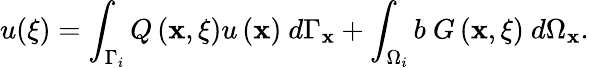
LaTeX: u({\mathbf\xi})=\int_{\Gamma_{i}}Q\left(\mathbf{x},{\mathbf\xi}\right)u\left(\mathbf{x}\right)\ d\Gamma_{\mathbf{x}}+\int_{\Omega_{i}}b\ G\left(\mathbf{x},{\mathbf\xi}\right)\ d\Omega_{\mathbf{x}}.